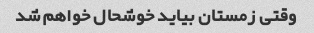
وقتی زمستان بیاید خوشحال خواهم شد